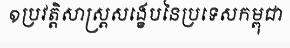
១ប្រវត្តិសាស្ត្រសង្ខេបនៃប្រទេសកម្ពុជា